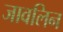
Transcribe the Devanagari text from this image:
जावलिन